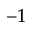
^ { - 1 }